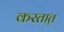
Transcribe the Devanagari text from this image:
करतात़